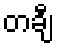
တချီ